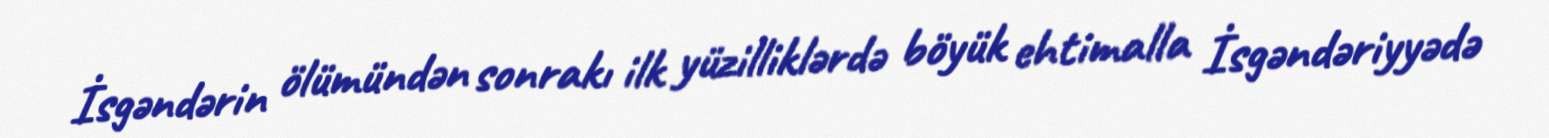
İsgəndərin ölümündən sonrakı ilk yüzilliklərdə böyük ehtimalla İsgəndəriyyədə